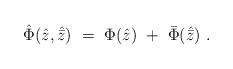
LaTeX: \begin{align*}{\hat \Phi}({\hat z},{\hat{\bar z}})\ =\ \Phi ({\hat z})\ +\ {\bar\Phi}({\hat{\bar z}})\ .\end{align*}